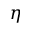
\eta